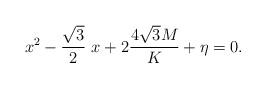
LaTeX: \begin{align*}x^{2} -\frac{\sqrt{3}}{2} ~ x + 2\frac{4 \sqrt{3}M}{K} + \eta=0.\end{align*}